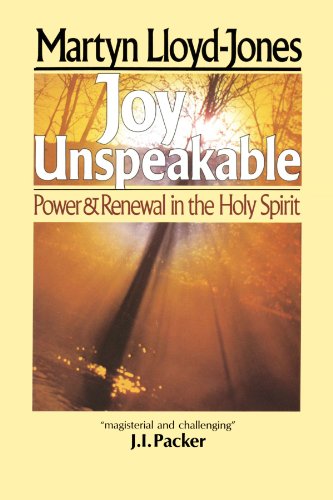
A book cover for Joy Unspeakable; Martyn Lloyd-Jones; Christian Books & Bibles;